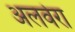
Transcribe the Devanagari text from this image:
अलवेरा